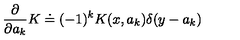
{ \frac { \partial } { \partial a _ { k } } } K \doteq ( - 1 ) ^ { k } K ( x , a _ { k } ) \delta ( y - a _ { k } )